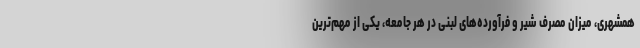
همشهری، میزان مصرف شیر و فرآورده‌های لبنی در هر جامعه، یکی از مهم‌ترین